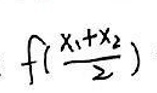
$f ( \frac { x _ { 1 } + x _ { 2 } } { 2 } )$